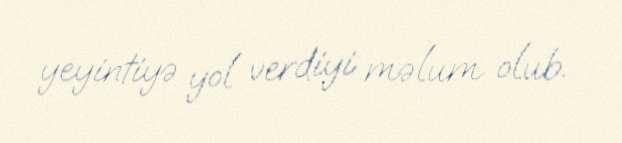
yeyintiyə yol verdiyi məlum olub.